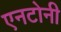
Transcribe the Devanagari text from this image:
एनटोनी